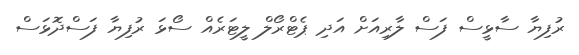
ރުފިޔާ ސާޅީސް ފަސް ލާރިއަށް އަދި ޕެޓްރޯލް ލީޓަރެއް ސޯޅަ ރުފިޔާ ފަސްދޮޅަސް